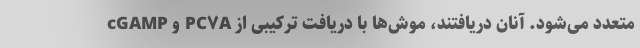
متعدد می‌شود. آنان دریافتند، موش‌ها با دریافت ترکیبی از PC۷A و cGAMP